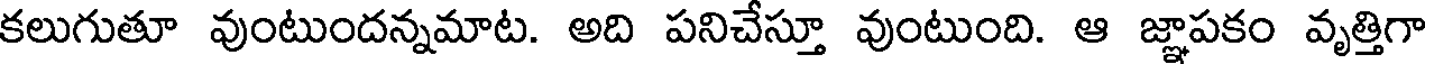
కలుగుతూ వుంటుందన్నమాట. అది పనిచేస్తూ వుంటుంది. ఆ జ్ఞాపకం వృత్తిగా